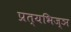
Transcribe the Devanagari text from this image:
प्रत्यभिज्ञ